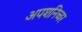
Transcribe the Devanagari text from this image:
अपशनिच्चर